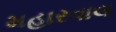
મહારવાલ